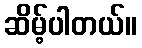
ဆိမ့်ပါတယ်။